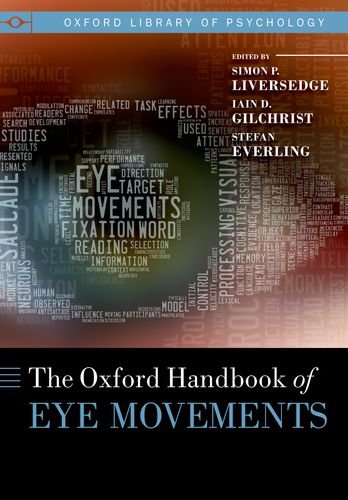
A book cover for The Oxford Handbook of Eye Movements (Oxford Library of Psychology); Simon Liversedge; Medical Books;